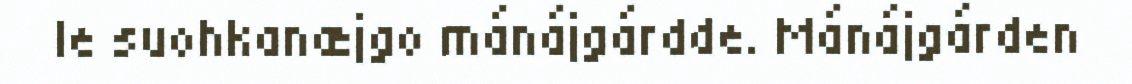
le suohkanæjgo mánájgárdde. Mánájgárden